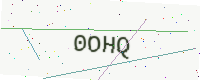
Text: 0OHQ